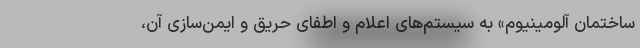
ساختمان آلومینیوم» به سیستم­های اعلام و اطفای حریق و ایمن­‌سازی آن،